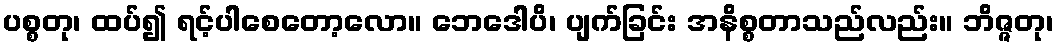
ပစ္စတု၊ ထပ်၍ ရင့်ပါစေတော့လော။ ဘေဒေါပိ၊ ပျက်ခြင်း အနိစ္စတာသည်လည်း။ ဘိဇ္ဇတု၊